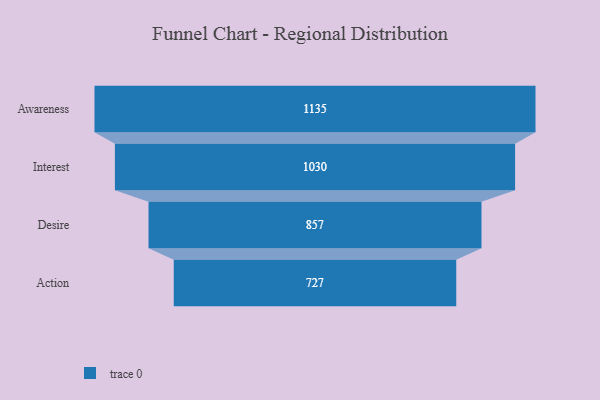
{"axis": {"x": "Stage", "y": "Value"}, "legend": [""], "data": [{"x": "Awareness", "y": 1135.0, "type": ""}, {"x": "Interest", "y": 1030.0, "type": ""}, {"x": "Desire", "y": 857.0, "type": ""}, {"x": "Action", "y": 727.0, "type": ""}]}